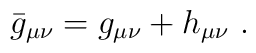
\bar{g}_{\mu\nu}=g_{\mu\nu}+h_{\mu\nu}\ .